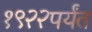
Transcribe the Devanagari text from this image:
१९२२पर्यंत